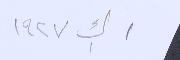
١ ك١ ١٩٢٧